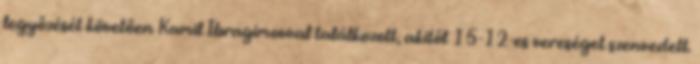
legyőzését követően Kamil Ibragimovval találkozott, akitől 15-12-es vereséget szenvedett.